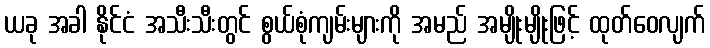
ယခု အခါ နိုင်ငံ အသီးသီးတွင် စွယ်စုံကျမ်းများကို အမည် အမျိုးမျိုးဖြင့် ထုတ်ဝေလျက်